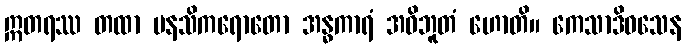
ဣတရဿ တထာ မနသိကရောတော အန္ဓကာရံ အဝိဘူတံ ဟောတိ။ ကေသာဒိဝသေန